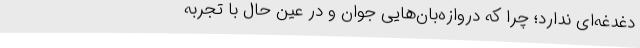
دغدغه‌ای ندارد؛ چرا که دروازه‌بان‌هایی جوان و در عین حال با تجربه